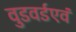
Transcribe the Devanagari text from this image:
वुडवर्डएवं